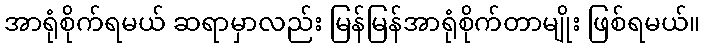
အာရုံစိုက်ရမယ် ဆရာမှာလည်း မြန်မြန်အာရုံစိုက်တာမျိုး ဖြစ်ရမယ်။